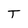
Character: T